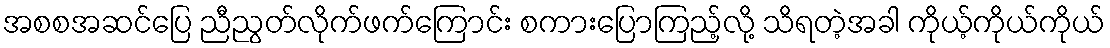
အစစအဆင်ပြေ ညီညွတ်လိုက်ဖက်ကြောင်း စကားပြောကြည့်လို့ သိရတဲ့အခါ ကိုယ့်ကိုယ်ကိုယ်